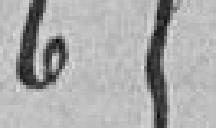
658